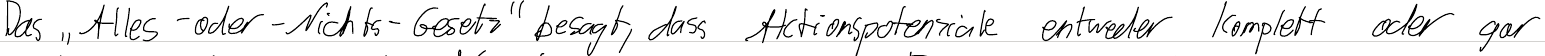
Das "Alles-oder-Nichts-Gesetz" besagt, dass Aktionspotenziale entweder komplett oder gar